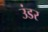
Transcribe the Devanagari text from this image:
उंडर